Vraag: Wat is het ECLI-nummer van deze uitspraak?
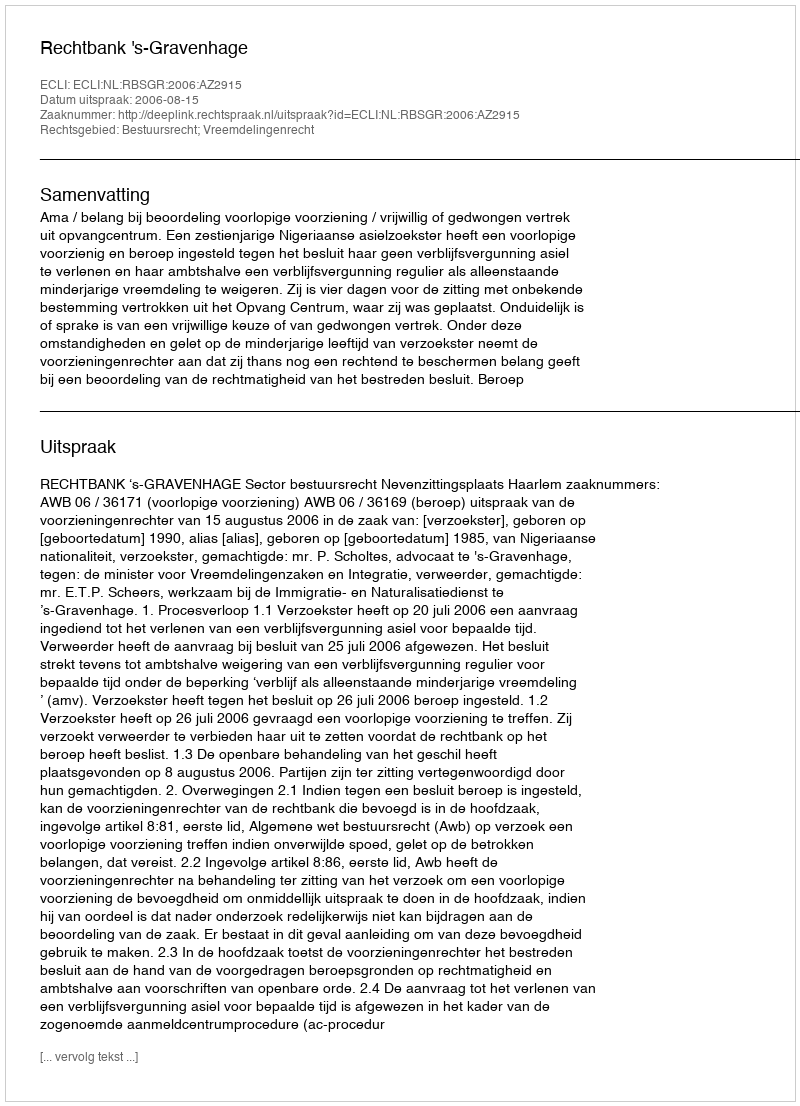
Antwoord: ECLI:NL:RBSGR:2006:AZ2915